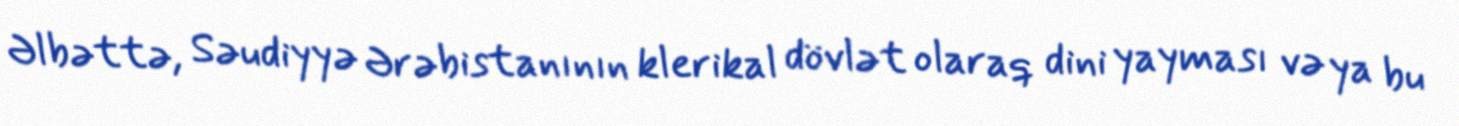
Əlbəttə, Səudiyyə Ərəbistanının klerikal dövlət olaraq dini yayması və ya bu